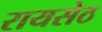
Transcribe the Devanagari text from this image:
रायसेठ